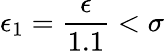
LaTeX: \epsilon_{1}=\frac{\epsilon}{1.1}<\sigma